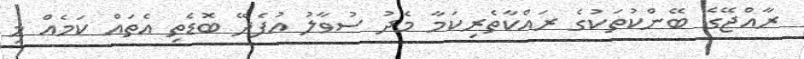
ރާއްޖޭގެ ބޭންކުތަކުގެ ރައްކާތެރިކަމާ މެދު ސުވާލު އުފެދޭ ބޮޑެތި އެތައް ކަމެއް މި